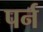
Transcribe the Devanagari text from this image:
पर्न